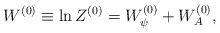
LaTeX: \begin{align*} W^{(0)}\equiv{\rm ln}\,Z^{(0)}=W_{\psi}^{(0)}+W_{A}^{(0)},\end{align*}